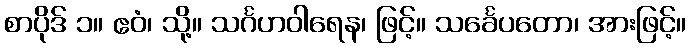
စာပိုဒ် ၁။ ဧဝံ၊ သို့။ သင်္ဂဟဝါရေန၊ ဖြင့်။ သင်္ခေပတော၊ အားဖြင့်။